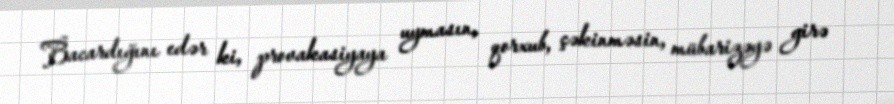
Bacardığını edər ki, provakasiyaya uymasın, qorxub, çəkinməsin, mübarizəyə girə